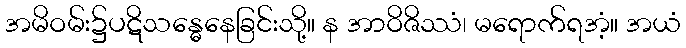
အမိဝမ်း၌ပဋိသန္ဓေနေခြင်းသို့။ န အာဝိဇိဿံ၊ မရောက်ရအံ့။ အယံ